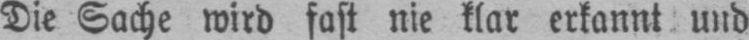
Die Sache wird fast nie klar erkannt und